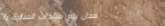
محل بيع منتجات العناية با